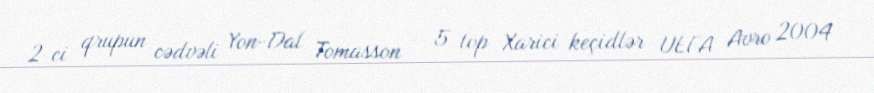
2-ci qrupun cədvəli Yon-Dal Tomasson — 5 top Xarici keçidlər UEFA Avro 2004